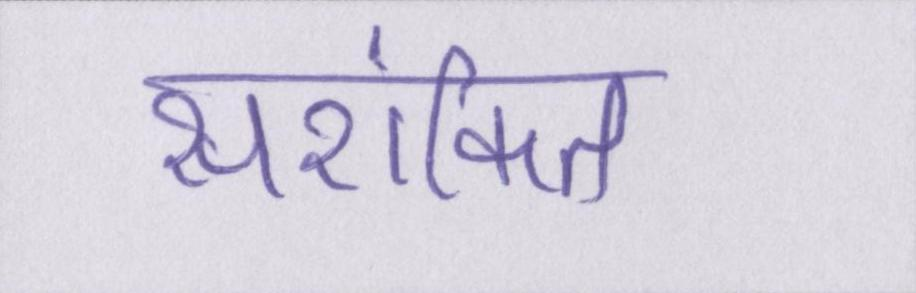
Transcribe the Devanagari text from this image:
सशंकित